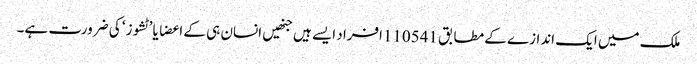
ملک میں ایک اندازے کے مطابق 110541افراد ایسے ہیں جنھیں انسان ہی کے اعضا یا ’ٹشوز‘ کی ضرورت ہے۔